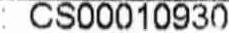
: CS00010930